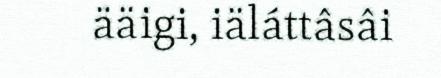
ääigi, iäláttâsâi